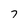
Character: 7